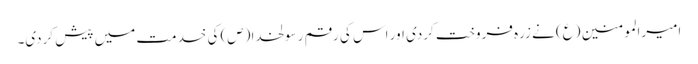
امیرالمومنین (ع) نے زرہ فروخت کردی اور اس کی رقم رسولخدا (ص) کی خدمت میں پیش کردی۔